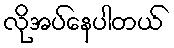
လိုအပ်နေပါတယ်